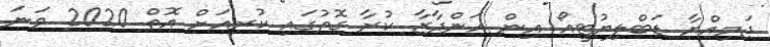
ޖަމިއްޔާ ޑަބްލިޔުޓީއޯ އިން އަންދާޒާ ކުރާ ގޮތުގައި ކުރިއަށް އޮތް 2020 ވަނަ